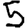
Digit: 5